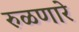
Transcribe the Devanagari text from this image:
रुळणारे